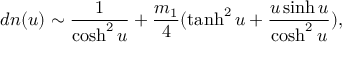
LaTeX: d n ( u ) \sim \frac { 1 } { \cosh ^ { 2 } u } + \frac { m _ { 1 } } { 4 } ( \operatorname { t a n h } ^ { 2 } u + \frac { u \sinh u } { \cosh ^ { 2 } u } ) ,